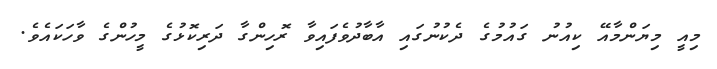
މިއީ މިޔަންމާއޭ ކިއުނު ގައުމުގެ ދެކުނުގައި އާބާދުވެފައިވާ ރޮހިންގާ ދަރިކޮޅުގެ މީހުންގެ ވާހަކައެވެ.